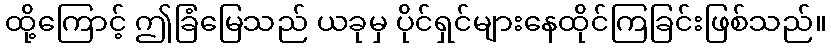
ထို့ကြောင့် ဤခြံမြေသည် ယခုမှ ပိုင်ရှင်များနေထိုင်ကြခြင်းဖြစ်သည်။